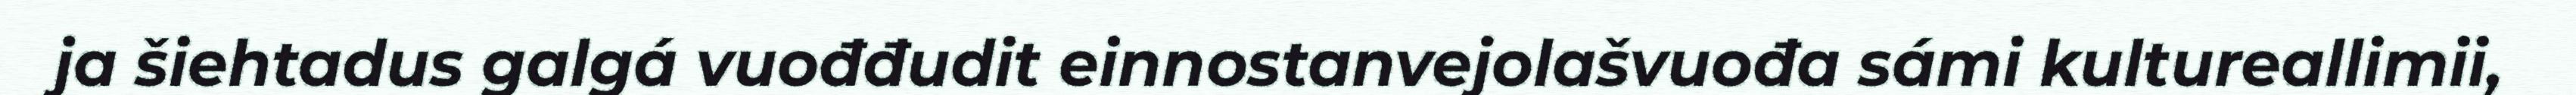
ja šiehtadus galgá vuođđudit einnostanvejolašvuođa sámi kultureallimii,